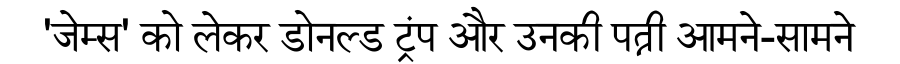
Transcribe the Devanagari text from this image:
'जेम्स' को लेकर डोनल्ड ट्रंप और उनकी पत्नी आमने-सामने